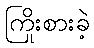
ကြိုးစားခဲ့